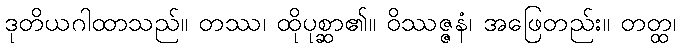
ဒုတိယဂါထာသည်။ တဿ၊ ထိုပုစ္ဆာ၏။ ဝိဿဇ္ဇနံ၊ အဖြေတည်း။ တတ္ထ၊